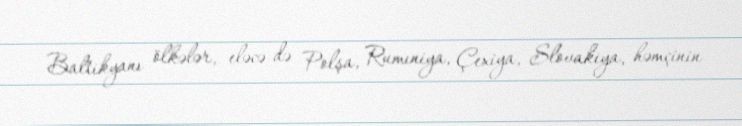
Baltikyanı ölkələr, eləcə də Polşa, Rumıniya, Çexiya, Slovakiya, həmçinin